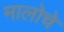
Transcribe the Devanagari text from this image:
मालोचे